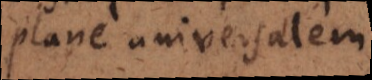
plane universalem;